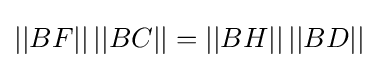
||BF||\,||BC||=||BH||\,||BD||